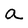
Character: a